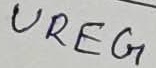
Text: UREG